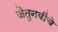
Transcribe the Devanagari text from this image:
जैतुनबींचे